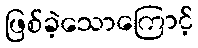
ဖြစ်ခဲ့သောကြောင့်